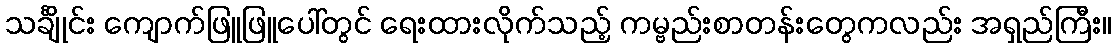
သင်္ချိုင်း ကျောက်ဖြူဖြူပေါ်တွင် ရေးထားလိုက်သည့် ကမ္ဗည်းစာတန်းတွေကလည်း အရှည်ကြီး။